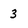
Character: 3